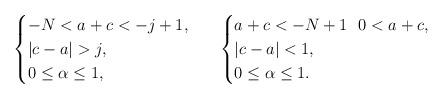
LaTeX: \begin{align*} \begin{cases} -N<a+c<-j+1, \\ |c-a|>j, \\ 0\leq \alpha \leq 1, \end{cases}\ \ \begin{cases} a+c<-N+1\ \ 0<a+c, \\ |c-a|<1, \\ 0\leq \alpha \leq 1. \end{cases} \end{align*}